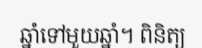
ឆ្នាំទៅមួយឆ្នាំ។ ពិនិត្យ